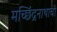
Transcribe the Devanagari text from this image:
मच्छिंद्रनाथाची